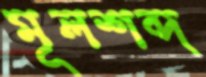
মূলশব্দ